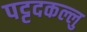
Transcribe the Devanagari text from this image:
पट्टदकल्लु